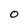
Character: 0